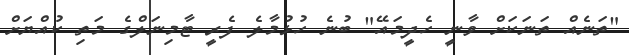
"ތަނެއް ތަނަކަށް ވާނީ ހެދީމައޭ" ބުނެ ހުޅުމާލެ ފެރީ ޓާމިނަލްގެ މަތި ކުއްޔަށް